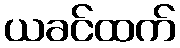
ယခင်ထက်